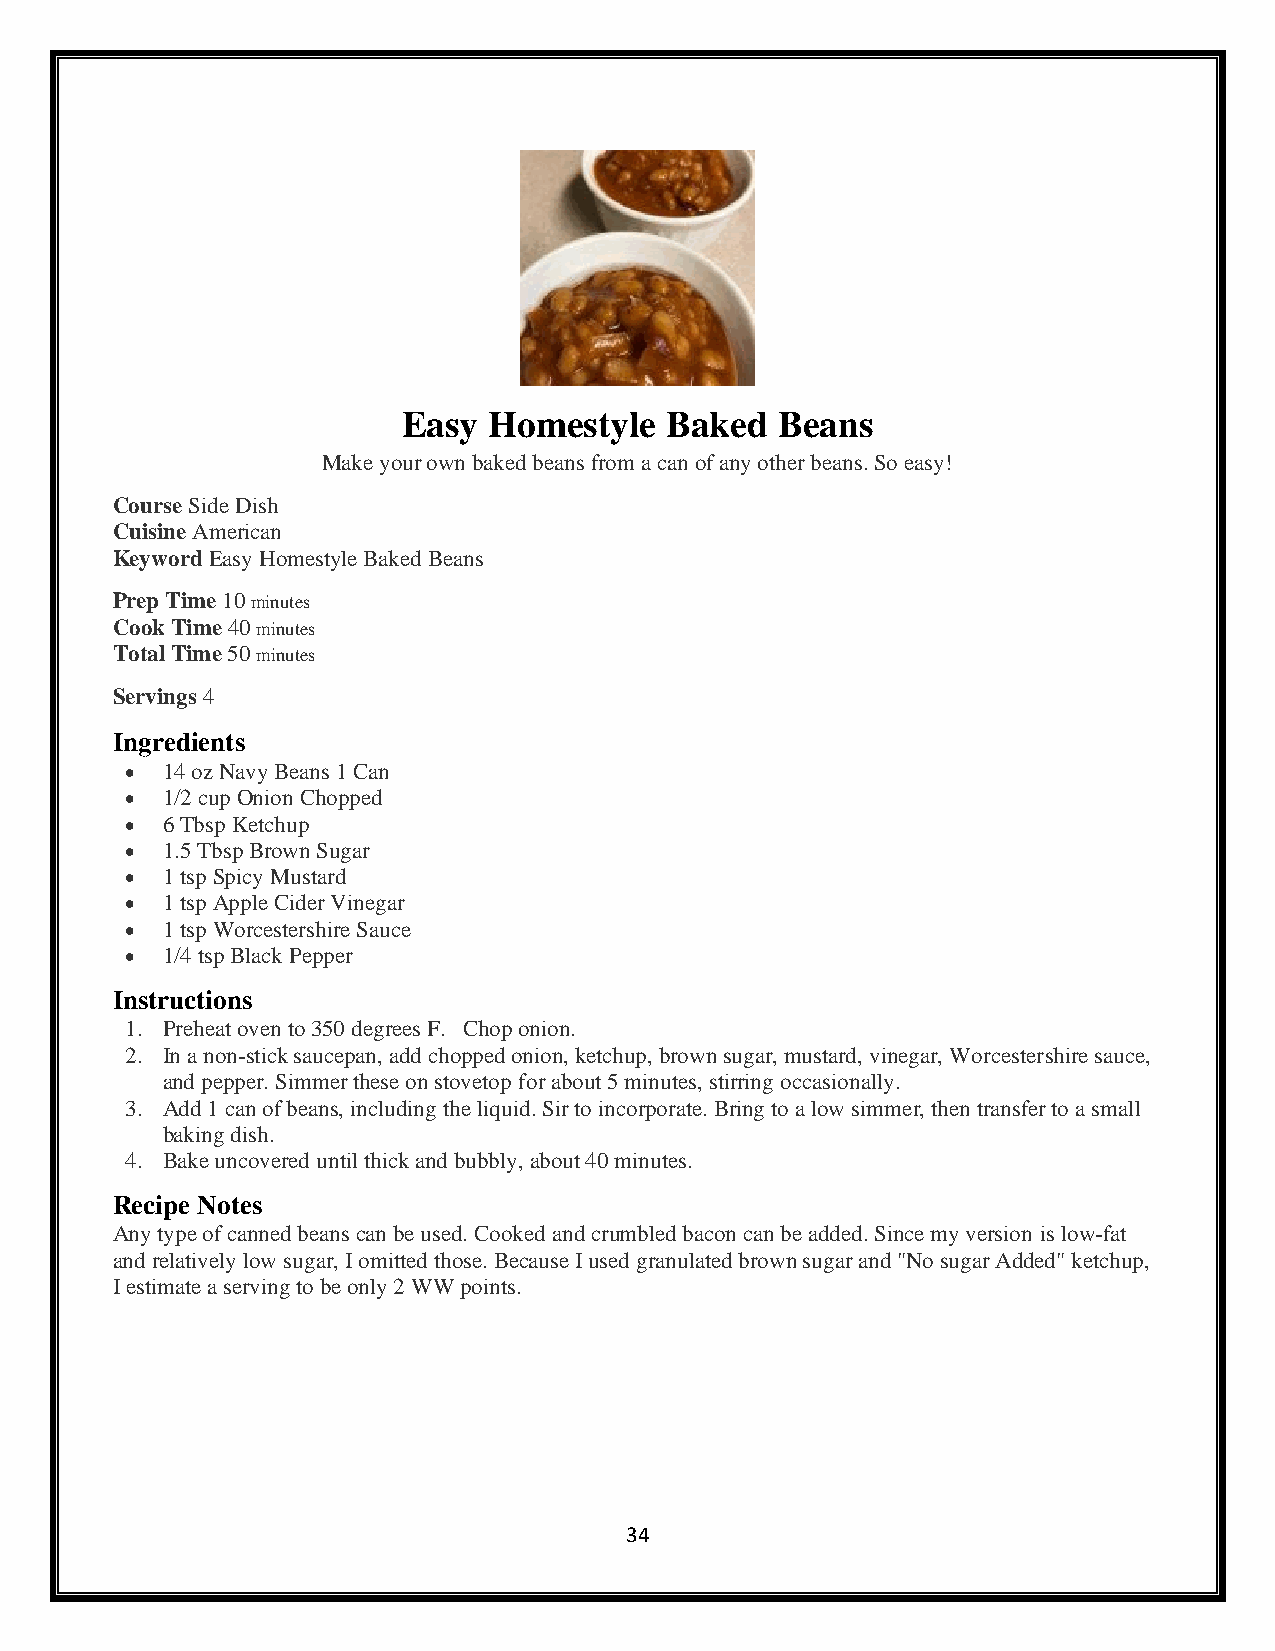
Easy Homestyle   Baked   Beans
 Make your own baked beans from a can of any other beans. So easy!
 Course Side Dish
 Cuisine American
 Keyword Easy Homestyle Baked Beans
 Prep Time 10 minutes
 Cook Time 40 minutes
 Total Time 50 minutes
 Servings 4
 Ingredients
 •  14 oz Navy Beans 1 Can
 •  1/2 cup Onion Chopped
 •  6 Tbsp Ketchup
 •  1.5 Tbsp Brown Sugar
 •  1 tsp Spicy Mustard
 •  1 tsp Apple Cider Vinegar
 •  1 tsp Worcestershire Sauce
 •  1/4 tsp Black Pepper
 Instructions
 1. Preheat oven to 350 degrees F. Chop onion.
 2. In a non-stick saucepan, add chopped onion, ketchup, brown sugar, mustard, vinegar, Worcestershire sauce,
 and pepper. Simmer these on stovetop for about 5 minutes, stirring occasionally.
 3. Add 1 can of beans, including the liquid. Sir to incorporate. Bring to a low simmer, then transfer to a small
 baking dish.
 4. Bake uncovered until thick and bubbly, about 40 minutes.
 Recipe Notes
 Any type of canned beans can be used. Cooked and crumbled bacon can be added. Since my version is low-fat
 and relatively low sugar, I omitted those. Because I used granulated brown sugar and "No sugar Added" ketchup,
 I estimate a serving to be only 2 WW points.
 34